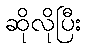
ဆိုလိုပြီး